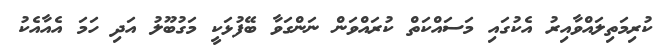
ކުރިމަތިލައްވާއިރު އެކުގައި މަސައްކަތް ކުރައްވަން ނަންގަވާ ބޭފުޅަކީ މަގުބޫލު އަދި ހަމަ އެއާއެކު